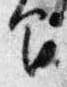
間